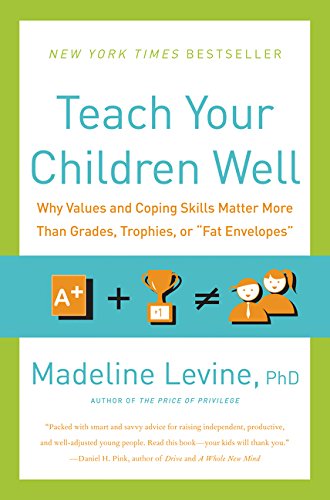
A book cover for Teach Your Children Well: Why Values and Coping Skills Matter More Than Grades, Trophies, or "Fat Envelopes"; Madeline, PhD Levine; Medical Books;